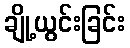
ချို့ယွင်းခြင်း